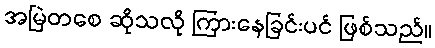
အမြဲတစေ ဆိုသလို ကြားနေခြင်းပင် ဖြစ်သည်။